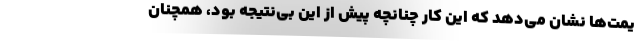
یمت‌ها نشان می‌دهد که این کار چنانچه پیش از این بی‌نتیجه بود، همچنان